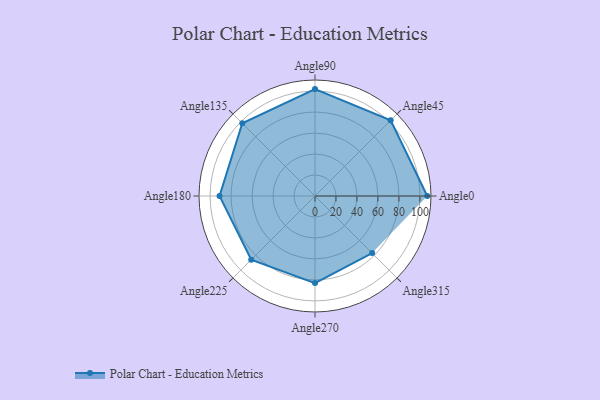
{"axis": {"x": "Angle", "y": "Radius"}, "legend": [""], "data": [{"x": "Angle0", "y": 107.0, "type": ""}, {"x": "Angle45", "y": 102.0, "type": ""}, {"x": "Angle90", "y": 102.0, "type": ""}, {"x": "Angle135", "y": 98.0, "type": ""}, {"x": "Angle180", "y": 91.0, "type": ""}, {"x": "Angle225", "y": 86.0, "type": ""}, {"x": "Angle270", "y": 83.0, "type": ""}, {"x": "Angle315", "y": 77.0, "type": ""}]}